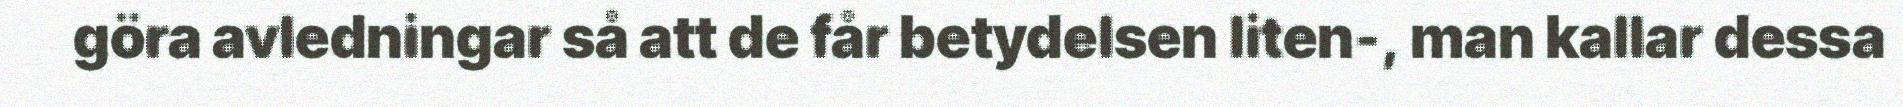
göra avledningar så att de får betydelsen liten-, man kallar dessa